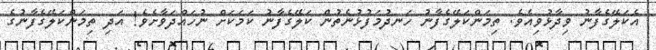
އެކަލޭގެފާނު ވިދާޅުވިއެވެ. ތިމަންކަލޭގެފާނު ހަނދުމަފުޅުނެތުން ކަލޭގެފާނު ކަމަކަށް ނުހައްދަވާށެވެ! އަދި ތިމަންކަލޭގެފާނުގެ